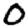
Digit: 0